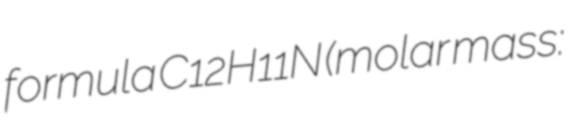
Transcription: formula C12H11N (molar mass: